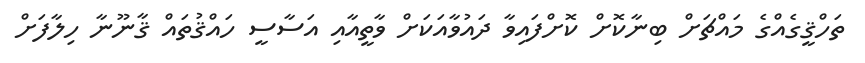
ތަހްޤީގެއްގެ މައްޗަށް ބިނާކޮށް ކޮށްފައިވާ ދައުވާއަކަށް ވާތީއާއި އަސާސީ ހައްޤުތައް ޤާނޫނާ ހިލާފަށް